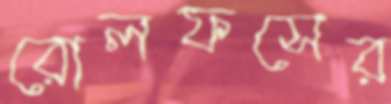
রোলফসের